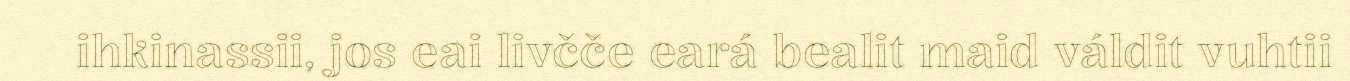
ihkinassii, jos eai livčče eará bealit maid váldit vuhtii